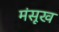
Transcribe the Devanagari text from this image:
मंसूख